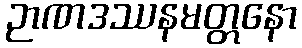
ဉာဏဒဿနမတ္တနော